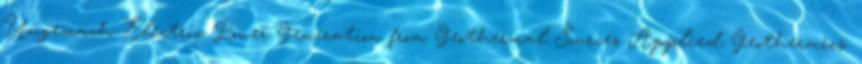
Ungemach: Electric Power Generation from Geothermal Sources Applied Geothermics.